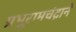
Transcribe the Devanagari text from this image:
प्रभूरामचंद्राने